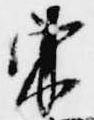
東